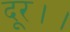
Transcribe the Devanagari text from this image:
दूर।।